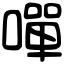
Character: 嘽